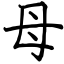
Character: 母